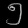
Digit: ၅